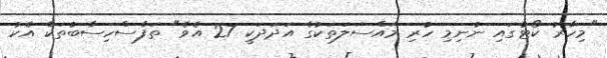
"މިހާރު ކޯޓުގައި ނުނިމި ހުރި މައްސަލަތަކުގެ އަދަދަކީ 27 އެވެ" ތަފާސްހިސާބުތަކާ އެކު